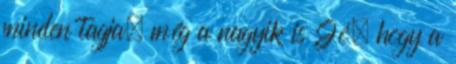
minden tagja, még a nagyik is Jó, hogy a